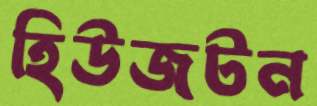
হিউজটন